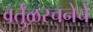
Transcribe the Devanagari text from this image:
वर्तुळरचनेचे